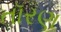
તૉરણ